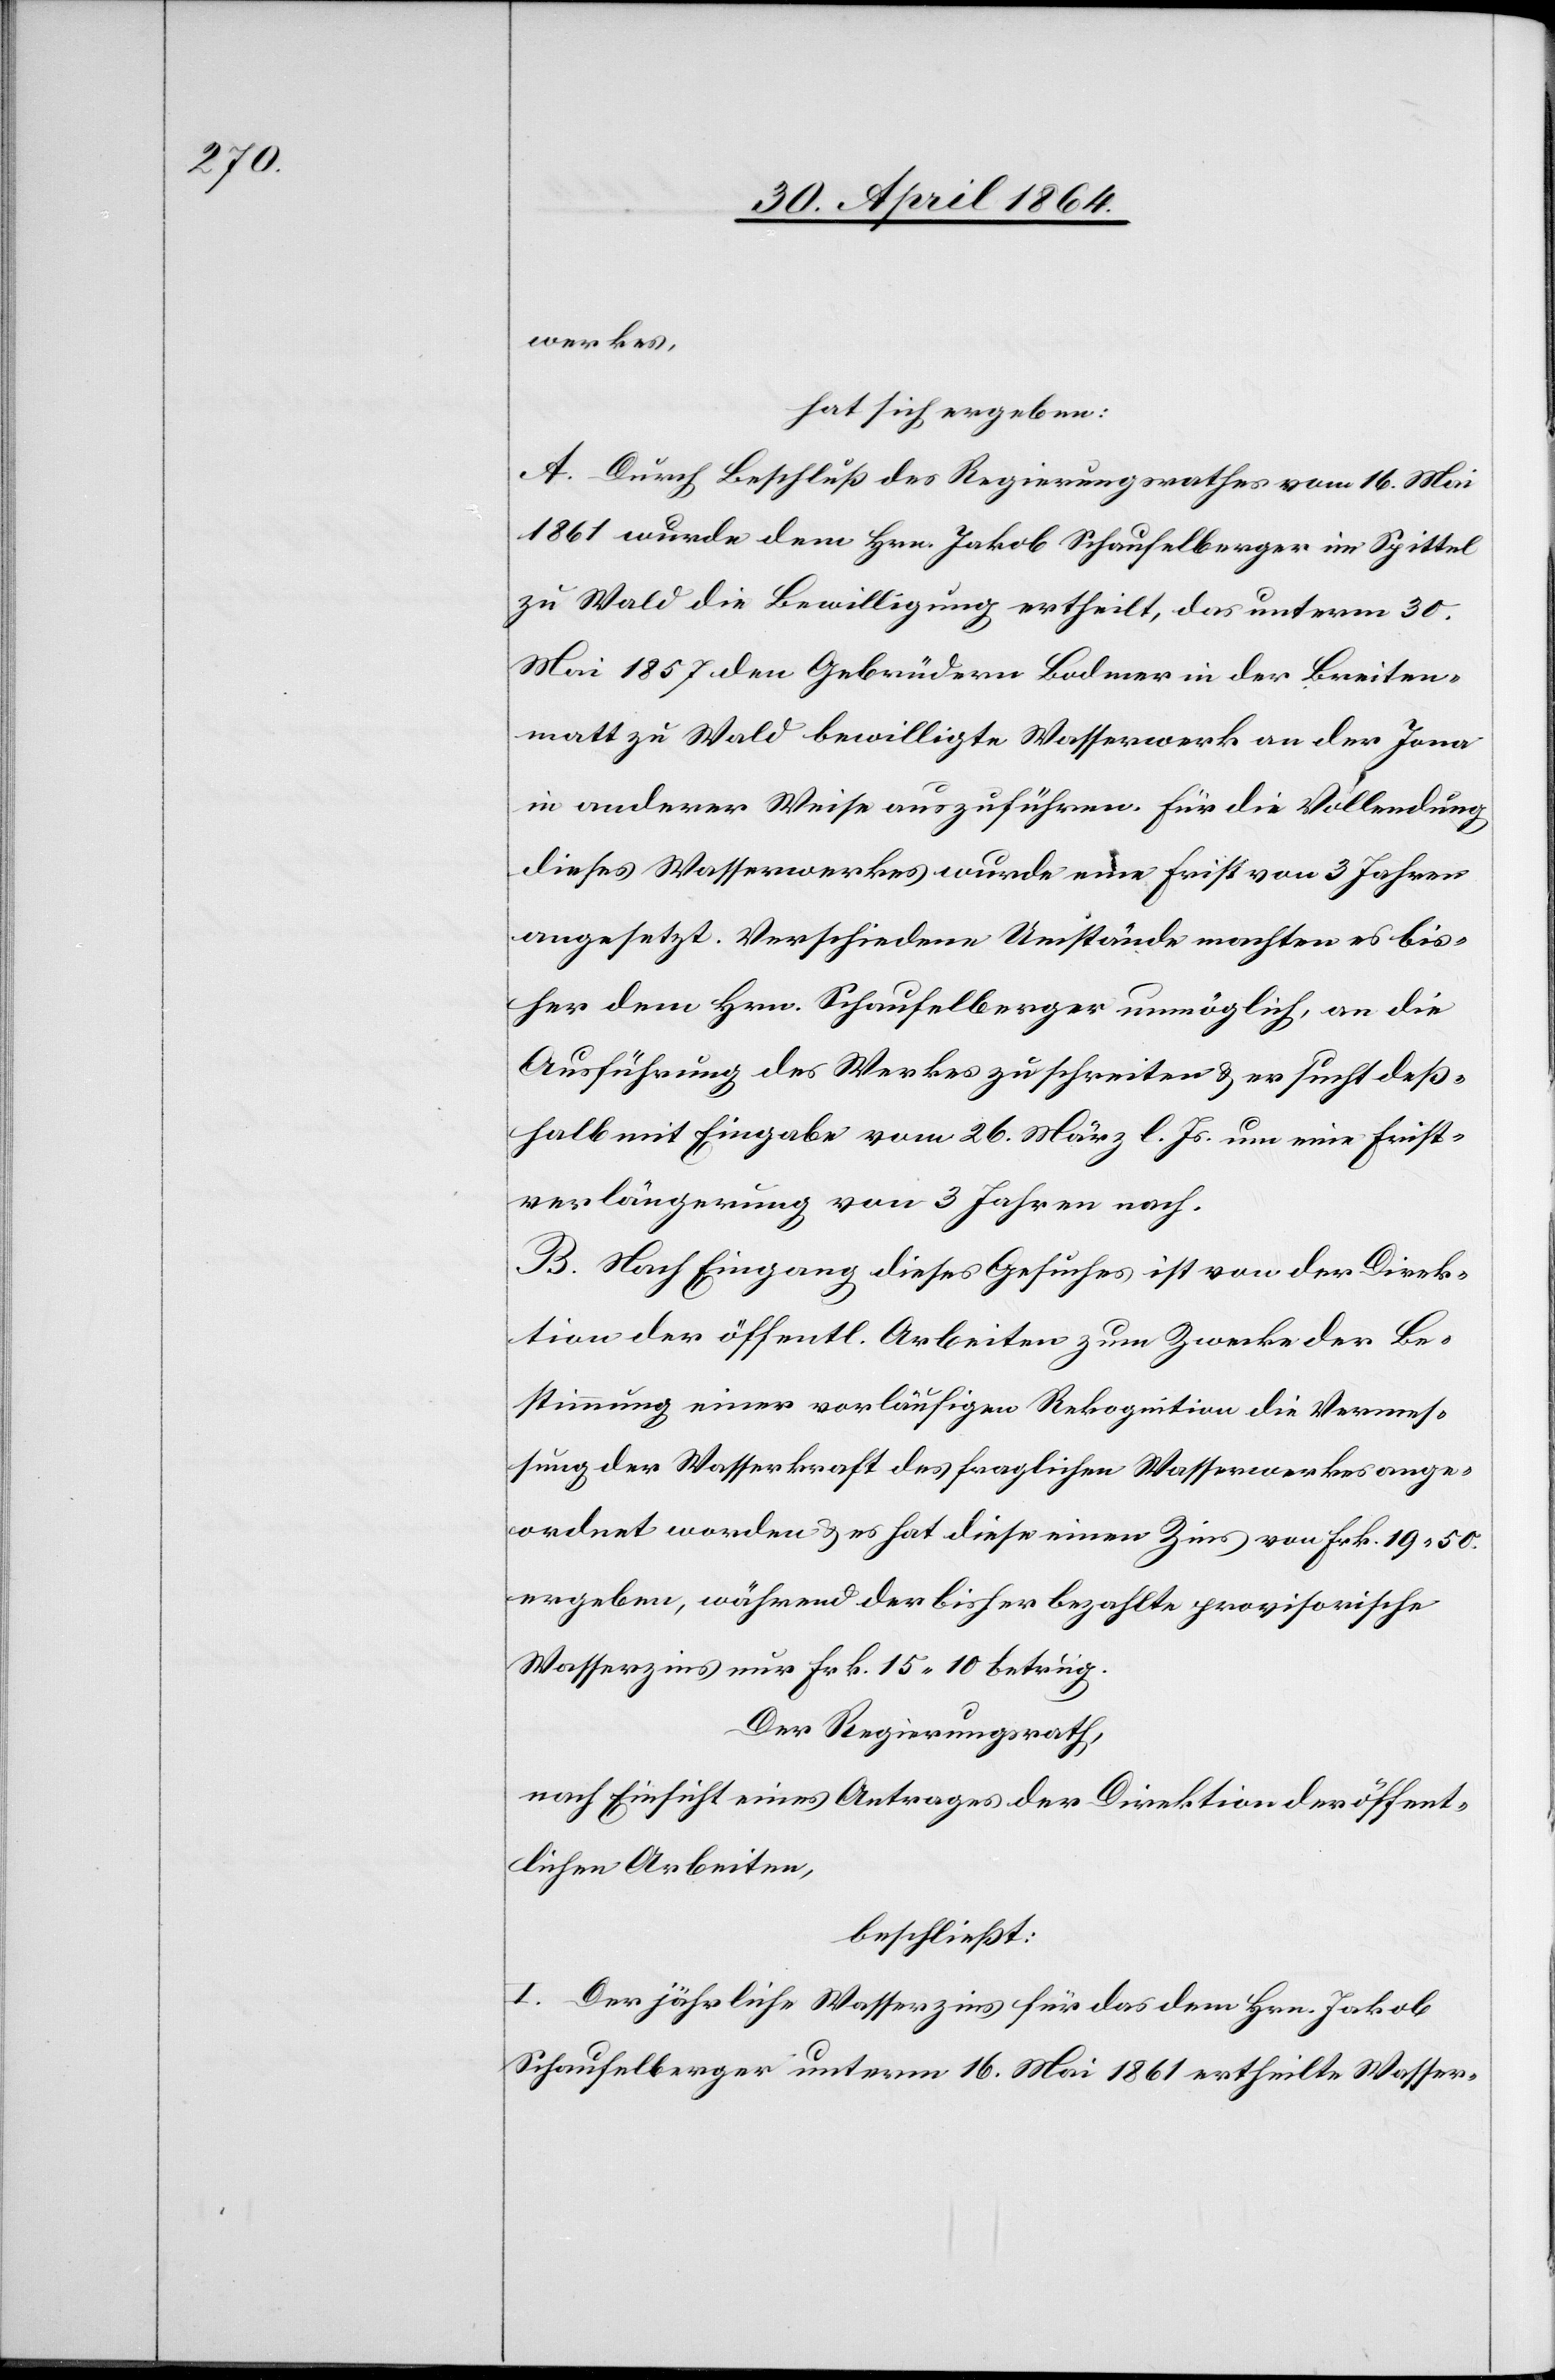
werkes,
hat sich ergeben:
A. Durch Beschluß des Regierungsrathes vom 16. Mai
1861 wurde dem Hrn. Jakob Schaufelberger im Spittel
zu Wald die Bewilligung ertheilt, das unterm 30.
Mai 1857 den Gebrüdern Bodmer in der Breiten¬
matt zu Wald bewilligte Wasserwerk an der Jona
in anderer Weise auszuführen. Für die Vollendung
dieses Wasserwerkes wurde eine Frist von 3 Jahren
angesetzt. Verschiedene Umstände machten es bis¬
her dem Hrn. Schaufelberger unmöglich, an die
Ausführung des Werkes zu schreiten u. er sucht deß¬
halb mit Eingabe vom 26. März l. Js. um eine Frist¬
verlängerung von 3 Jahren nach.
B. Nach Eingang dieses Gesuches ist von der Direk¬
tion der öffentl. Arbeiten zum Zwecke der Be¬
stimmung einer vorläufigen Rekognition die Vermes¬
sung der Wasserkraft des fraglichen Wasserwerkes ange¬
ordnet worden u. es hat diese einen Zins von Frk. 19 50.
ergeben, während der bisher bezahlte provisorische
Wasserzins nur Frk. 15 10 betrug.
Der Regierungsrath,
nach Einsicht eines Antrages der Direktion der öffent¬
lichen Arbeiten,
beschließt:
I. Der jährliche Wasserzins für das dem Hrn. Jakob
Schaufelberger unterm 16. Mai 1861 ertheilte Wasser-